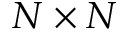
N \times N